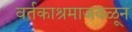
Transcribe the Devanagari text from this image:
वर्तकाश्रमाजवळून